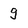
Character: g